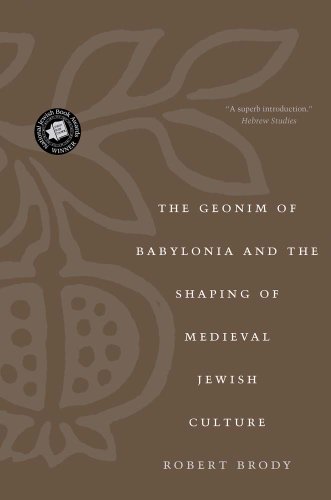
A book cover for The Geonim of Babylonia and the Shaping of Medieval Jewish Culture; Robert Brody; History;